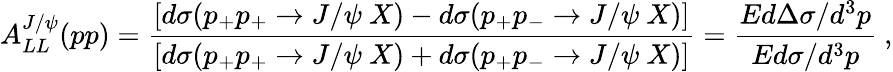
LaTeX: A_{LL}^{J/\psi}(pp)=\frac{\left[d\sigma(p_{+}p_{+}\rightarrow J/\psi~X)-d\sigma(p_{+}p_{-}\rightarrow J/\psi~X)\right]}{\left[d\sigma(p_{+}p_{+}\rightarrow J/\psi~X)+d\sigma(p_{+}p_{-}\rightarrow J/\psi~X)\right]}=\frac{Ed\Delta\sigma/d^{3}p}{Ed\sigma/d^{3}p}~,